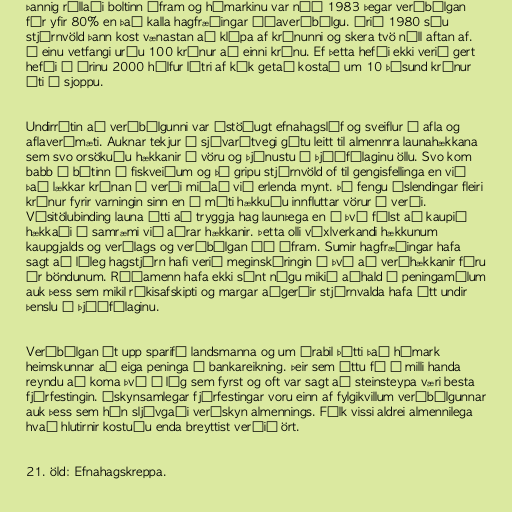
Þannig rúllaði boltinn áfram og hámarkinu var náð 1983 þegar verðbólgan
fór yfir 80% en það kalla hagfræðingar óðaverðbólgu. Árið 1980 sáu
stjórnvöld þann kost vænastan að klípa af krónunni og skera tvö núll aftan af.
Í einu vetfangi urðu 100 krónur að einni krónu. Ef þetta hefði ekki verið gert
hefði á árinu 2000 hálfur lítri af kók getað kostað um 10 þúsund krónur
úti í sjoppu.

Undirrótin að verðbólgunni var óstöðugt efnahagslíf og sveiflur í afla og
aflaverðmæti. Auknar tekjur í sjávarútvegi gátu leitt til almennra launahækkana
sem svo orsökuðu hækkanir á vöru og þjónustu í þjóðfélaginu öllu. Svo kom
babb í bátinn í fiskveiðum og þá gripu stjórnvöld of til gengisfellinga en við
það lækkar krónan í verði miðað við erlenda mynt. Þá fengu Íslendingar fleiri
krónur fyrir varningin sinn en á móti hækkuðu innfluttar vörur í verði.
Vísitölubinding launa átti að tryggja hag launþega en í því fólst að kaupið
hækkaði í samræmi við aðrar hækkanir. Þetta olli víxlverkandi hækkunum
kaupgjalds og verðlags og verðbólgan óð áfram. Sumir hagfræðingar hafa
sagt að léleg hagstjórn hafi verið meginskýringin á því að verðhækkanir fóru
úr böndunum. Ráðamenn hafa ekki sýnt nógu mikið aðhald í peningamálum
auk þess sem mikil ríkisafskipti og margar aðgerðir stjórnvalda hafa ýtt undir
þenslu á þjóðfélaginu.

Verðbólgan át upp sparifé landsmanna og um árabil þótti það hámark
heimskunnar að eiga peninga á bankareikning. Þeir sem áttu fé á milli handa
reyndu að koma því í lóg sem fyrst og oft var sagt að steinsteypa væri besta
fjárfestingin. Óskynsamlegar fjárfestingar voru einn af fylgikvillum verðbólgunnar
auk þess sem hún sljóvgaði verðskyn almennings. Fólk vissi aldrei almennilega
hvað hlutirnir kostuðu enda breyttist verðið ört.

21. öld: Efnahagskreppa.